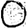
Digit: 0